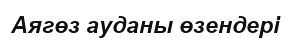
Аягөз ауданы өзендері